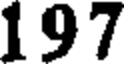
197